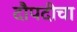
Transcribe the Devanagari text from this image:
दौपदीचा